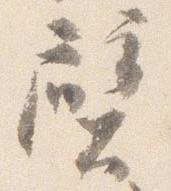
壁